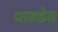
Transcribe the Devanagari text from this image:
पान्डेय